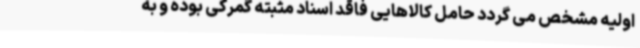
اولیه مشخص می گردد حامل کالاهایی فاقد اسناد مثبته گمرکی بوده و به